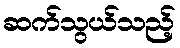
ဆက်သွယ်သည့်